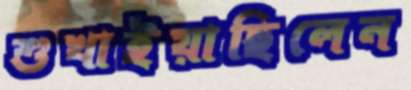
শুখাইয়াছিলেন